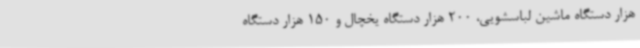
هزار دستگاه ماشین لباسشویی، 200 هزار دستگاه یخچال و 150 هزار دستگاه